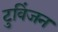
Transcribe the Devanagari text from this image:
टुविंजन